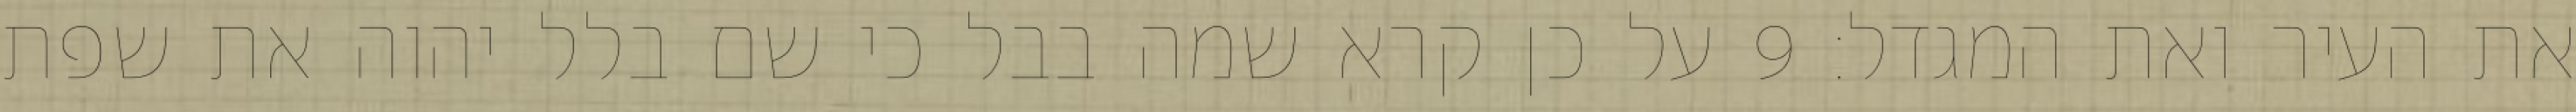
את העיר ואת המגדל׃ ‎9‏ על כן קרא שמה בבל כי שם בלל יהוה את שפת